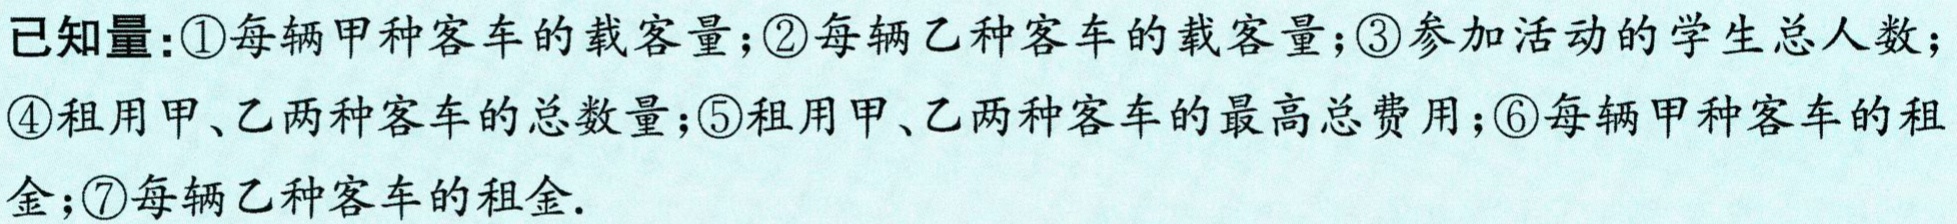
已知量:\textcircled{1}每辆甲种客车的载客量;\textcircled{2}每辆乙种客车的载客量;\textcircled{3}参加活动的学生总人数;\textcircled{4}租用甲、乙两种客车的总数量;\textcircled{5}租用甲、乙两种客车的最高总费用;\textcircled{6}每辆甲种客车的租金;\textcircled{7}每辆乙种客车的租金.